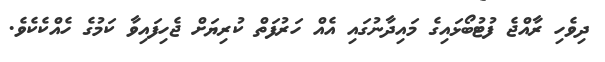
ދިވެހި ރާއްޖެ ފުޓުބޯޅައިގެ މައިދާނުގައި އެއް ހަރުފަތް ކުރިޔަށް ޖެހިފައިވާ ކަމުގެ ހެއްކެކެވެ.